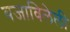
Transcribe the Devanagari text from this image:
बजाविलेली